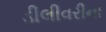
ડીલીવરીના